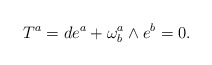
\begin{align*}T^{a}=de^{a}+\omega _{b}^{a}\wedge e^{b}=0. \end{align*}